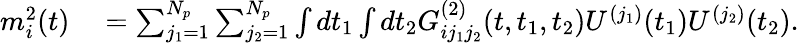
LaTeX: \begin{array}{rl}{m_{i}^{2}(t)}&{{}=\sum_{j_{1}=1}^{N_{p}}\sum_{j_{2}=1}^{N_{p}}\int dt_{1}\int dt_{2}G_{ij_{1}j_{2}}^{(2)}(t,t_{1},t_{2})U^{(j_{1})}(t_{1})U^{(j_{2})}(t_{2}).}\end{array}